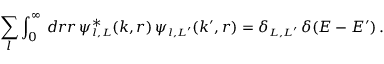
\sum _ { l } \int _ { 0 } ^ { \infty } \, d r r \, \psi _ { \scriptscriptstyle { l , L } } ^ { \ast } ( k , r ) \, \psi _ { \scriptscriptstyle { l , L ^ { \prime } } } ( k ^ { \prime } , r ) = \delta _ { \scriptscriptstyle { L , L ^ { \prime } } } \, \delta ( E - E ^ { \prime } ) \, .